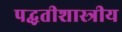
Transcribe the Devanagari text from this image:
पद्धतीशास्त्रीय